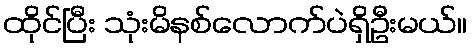
ထိုင်ပြီး သုံးမိနစ်လောက်ပဲရှိဦးမယ်။